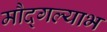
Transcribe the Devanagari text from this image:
मौद्गल्याभ